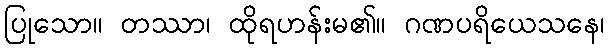
ပြုသော။ တဿာ၊ ထိုရဟန်းမ၏။ ဂဏပရိယေသနေ၊